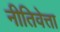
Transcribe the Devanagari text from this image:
नीतिवेत्ता